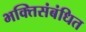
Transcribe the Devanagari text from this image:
भक्तिसंबंधित